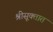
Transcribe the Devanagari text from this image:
श्रीसूक्तात